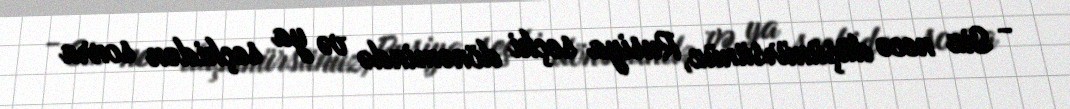
- Siz necə düşünürsünüz, Rusiya seçki dönəmində və ya seçkidən sonra